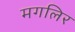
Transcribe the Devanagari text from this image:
मगलिर